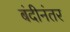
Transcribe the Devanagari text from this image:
बंदीनंतर